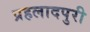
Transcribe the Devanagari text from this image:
प्रहलादपुरी